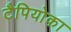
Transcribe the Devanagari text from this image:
टैपियोका